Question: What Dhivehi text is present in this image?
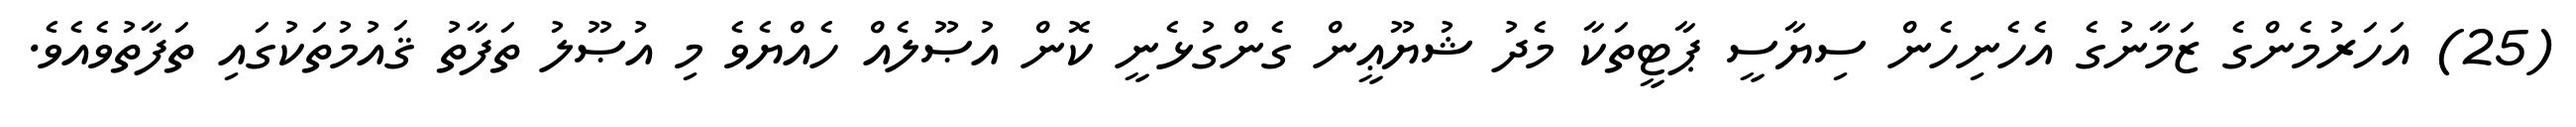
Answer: (25) އަހަރުމެންގެ ޒަމާނުގެ އެހެނިހެން ސިޔާސީ ޕާޓީތަކާ މެދު ޝުޔޫޢީން ގެންގުޅެނީ ކޮން އުޞޫލެއް ހެއްޔެވެ މި އުޞޫލު ތަފާތު ޤައުމުތަކުގައި ތަފާތުވެއެވެ.